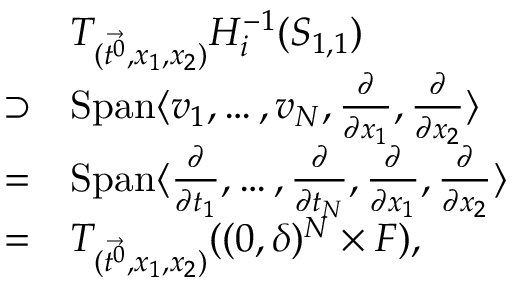
\begin{array} { r l } & { T _ { ( \Vec { t ^ { 0 } } , x _ { 1 } , x _ { 2 } ) } H _ { i } ^ { - 1 } ( S _ { 1 , 1 } ) } \\ { \supset } & { \mathrm { S p a n } \langle v _ { 1 } , \ldots , v _ { N } , \frac \partial { \partial x _ { 1 } } , \frac \partial { \partial x _ { 2 } } \rangle } \\ { = } & { \mathrm { S p a n } \langle \frac \partial { \partial t _ { 1 } } , \ldots , \frac \partial { \partial t _ { N } } , \frac \partial { \partial x _ { 1 } } , \frac \partial { \partial x _ { 2 } } \rangle } \\ { = } & { T _ { ( \Vec { t ^ { 0 } } , x _ { 1 } , x _ { 2 } ) } ( ( 0 , \delta ) ^ { N } \times F ) , } \end{array}